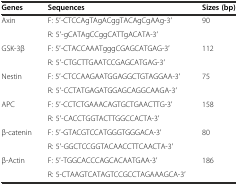
<table><thead><tr><td><b>Genes</b></td><td><b>Sequences</b></td><td><b>Sizes (bp)</b></td></tr></thead><tbody><tr><td rowspan="2">Axin</td><td>F: 5′-CTCCAgTAgACggTACAgCgAAg-3′</td><td rowspan="2">90</td></tr><tr><td>R: 5′-gCATAgCCggCATTgACATA-3′</td></tr><tr><td rowspan="2">GSK-3β</td><td>F: 5′-CTACCAAATgggCGAGCATGAG-3′</td><td rowspan="2">112</td></tr><tr><td>R: 5′-CTGCTTGAATCCGAGCATGAG-3′</td></tr><tr><td rowspan="2">Nestin</td><td>F: 5′-CTCCAAGAATGGAGGCTGTAGGAA-3′</td><td rowspan="2">75</td></tr><tr><td>R: 5′-CCTATGAGATGGAGCAGGCAAGA-3′</td></tr><tr><td rowspan="2">APC</td><td>F: 5′-CCTCTGAAACAGTGCTGAACTTG-3′</td><td rowspan="2">158</td></tr><tr><td>R: 5′-CACCTGGTACTTGGCCACTA-3′</td></tr><tr><td rowspan="2">β-catenin</td><td>F: 5′-GTACGTCCATGGGTGGGACA-3′</td><td rowspan="2">80</td></tr><tr><td>R: 5′-GGCTCCGGTACAACCTTCAACTA-3′</td></tr><tr><td rowspan="2">β-Actin</td><td>F: 5′-TGGCACCCAGCACAATGAA-3′</td><td rowspan="2">186</td></tr><tr><td>R: 5-CTAAGTCATAGTCCGCCTAGAAAGCA-3′</td></tr></tbody></table>